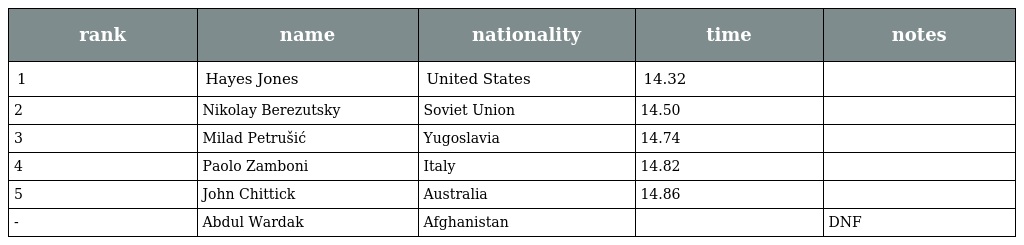
| rank | name | nationality | time | notes |
 | --- | --- | --- | --- | --- |
 | 1 | Hayes Jones | United States | 14.32 |  |
 | 2 | Nikolay Berezutsky | Soviet Union | 14.50 |  |
 | 3 | Milad Petrušić | Yugoslavia | 14.74 |  |
 | 4 | Paolo Zamboni | Italy | 14.82 |  |
 | 5 | John Chittick | Australia | 14.86 |  |
 | - | Abdul Wardak | Afghanistan |  | DNF |